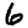
Digit: 6